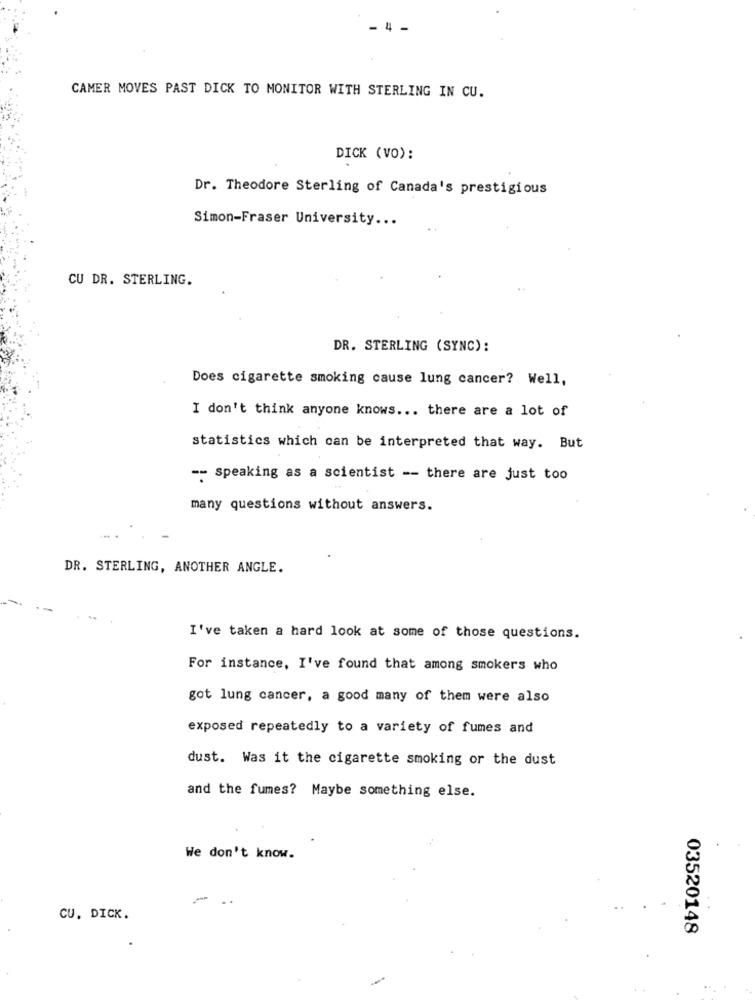
- 4 -
CAMER MOVES PAST DICK TO MONITOR WITH STERLING IN CU.
DICK (VO):
Dr. Theodore Sterling of Canada's prestigious
Simon-Fraser University ...
CU DR. STERLING.
DR. STERLING (SYNC):
Does cigarette smoking cause lung cancer? Well,
I don't think anyone knows ... there are a lot of
statistics which can be interpreted that way. But
-- speaking as a scientist -- there are just too
many questions without answers.
DR. STERLING, ANOTHER ANGLE.
I've taken a hard look at some of those questions.
For instance, I've found that among smokers who
got lung cancer, a good many of them were also
exposed repeatedly to a variety of fumes and
dust. Was it the cigarette smoking or the dust
and the fumes? Maybe something else.
We don't know.
..
CU. DICK.
03520148